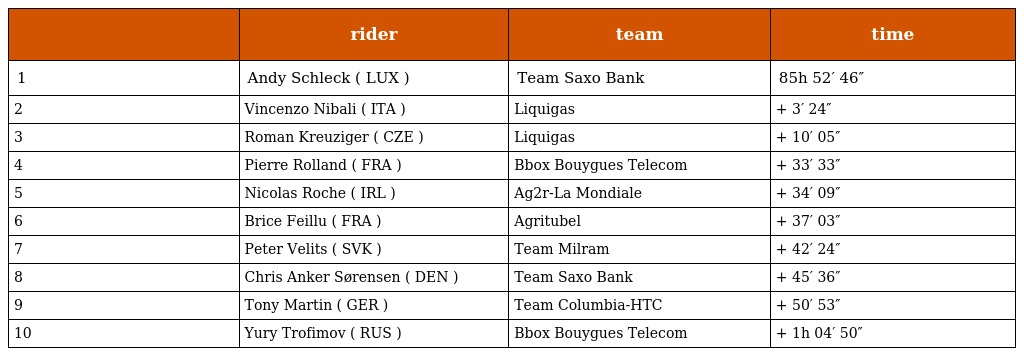
|  | rider | team | time |
 | --- | --- | --- | --- |
 | 1 | Andy Schleck ( LUX ) | Team Saxo Bank | 85h 52′ 46″ |
 | 2 | Vincenzo Nibali ( ITA ) | Liquigas | + 3′ 24″ |
 | 3 | Roman Kreuziger ( CZE ) | Liquigas | + 10′ 05″ |
 | 4 | Pierre Rolland ( FRA ) | Bbox Bouygues Telecom | + 33′ 33″ |
 | 5 | Nicolas Roche ( IRL ) | Ag2r-La Mondiale | + 34′ 09″ |
 | 6 | Brice Feillu ( FRA ) | Agritubel | + 37′ 03″ |
 | 7 | Peter Velits ( SVK ) | Team Milram | + 42′ 24″ |
 | 8 | Chris Anker Sørensen ( DEN ) | Team Saxo Bank | + 45′ 36″ |
 | 9 | Tony Martin ( GER ) | Team Columbia-HTC | + 50′ 53″ |
 | 10 | Yury Trofimov ( RUS ) | Bbox Bouygues Telecom | + 1h 04′ 50″ |